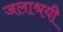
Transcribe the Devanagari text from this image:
जलाश्रयी